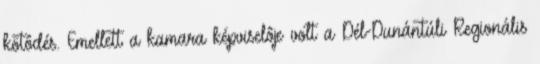
kötôdés. Emellett a kamara képviselôje volt a Dél-Dunántúli Regionális